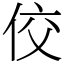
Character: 佼